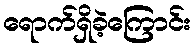
ရောက်ရှိခဲ့ကြောင်း